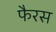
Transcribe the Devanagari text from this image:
फैरस